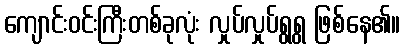
ကျောင်းဝင်းကြီးတစ်ခုလုံး လှုပ်လှုပ်ရွရွ ဖြစ်နေ၏။